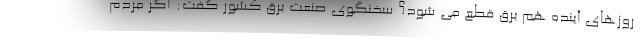
روزهای آینده هم برق قطع می شود؟ سخنگوی صنعت برق کشور گفت: اگر مردم